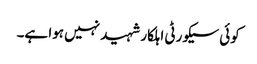
کوئی سیکورٹی اہلکار شہید نہیں ہوا ہے۔